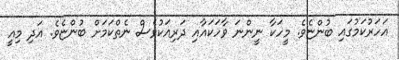
އަހަރުކަމުގައި ބުންޏެވެ. މީހަކާ ނީންނަ ވާހަކައާއި ދަރިއަކުވެސް ނެތްކަމަށް ބުންޏެވެ. އަދި މިއީ